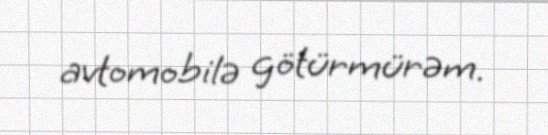
avtomobilə götürmürəm.